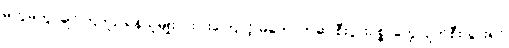
မကွဲမကွာချင်ကြဘူး၊ ရန်သူမျိုး ငါးပါးကြောင့် မတော်တဆ စီးပွားဥစ္စာတွေ ပျက်စီးသွားရင်